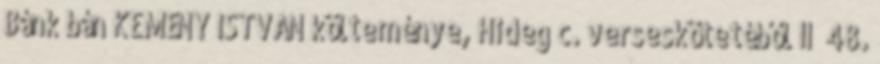
Bánk bán KEMÉNY ISTVÁN költeménye, Hideg c. verseskötetéből II 48.